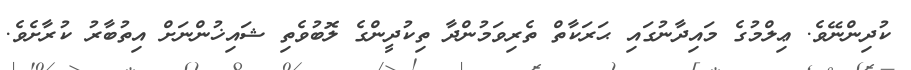
ކުދިންނޭވެ. ޢިލްމުގެ މައިދާނުގައި ޙަރަކާތް ތެރިވަމުންދާ ތިކުދީންގެ ލޮބުވެތި ޝައިޚުންނަށް އިތުބާރު ކުރާށެވެ.